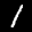
Label: 1